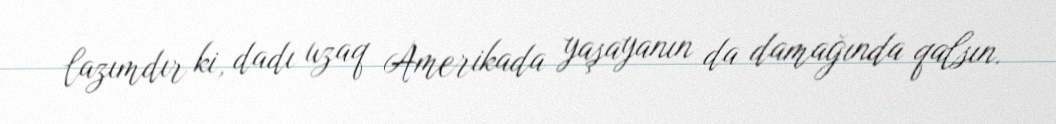
lazımdır ki, dadı uzaq Amerikada yaşayanın da damağında qalsın.